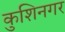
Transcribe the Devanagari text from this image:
कुशिनगर